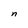
Character: n